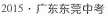
2015·广东东莞中考